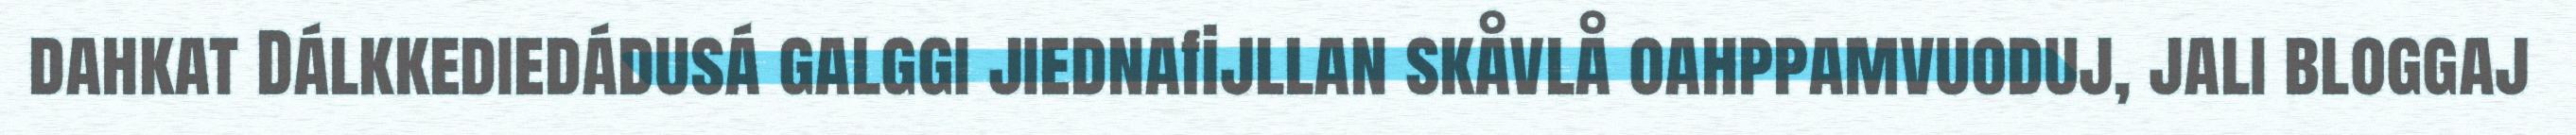
dahkat Dálkkediedádusá galggi jiednafijllan skåvlå oahppamvuoduj, jali bloggaj